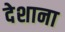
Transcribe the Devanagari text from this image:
देशाना